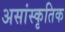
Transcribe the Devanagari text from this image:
असांस्कृतिक